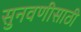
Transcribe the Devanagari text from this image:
सुनवणीसाठी